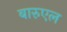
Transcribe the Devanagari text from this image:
बारुएल